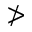
\ngtr